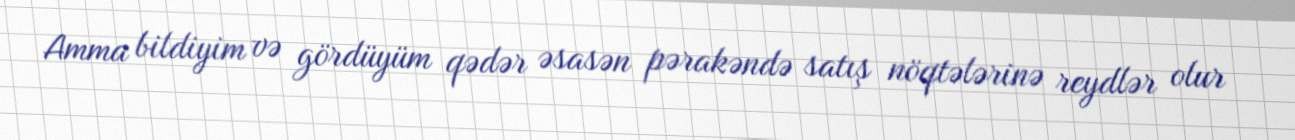
Amma bildiyim və gördüyüm qədər əsasən pərakəndə satış nöqtələrinə reydlər olur